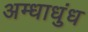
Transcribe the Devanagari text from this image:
अम्धाधुंध